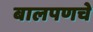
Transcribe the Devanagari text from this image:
बालपणचे